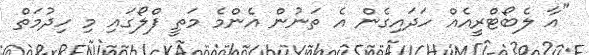
"އާ ލެބޯޓްރީއެއް ހަދައިގެން އެ ތަނުން އެންމެ މަތީ ފްލޯގައި މި ހިދުމަތް